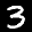
Label: 3